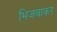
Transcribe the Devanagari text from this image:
भिजवाकर